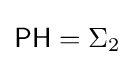
{\mathsf {PH}}=\Sigma _{2}